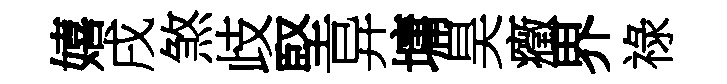
嬉戌煞歧堅异墉昊癥界祿